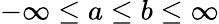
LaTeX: -\infty\leq a\leq b\leq\infty